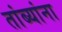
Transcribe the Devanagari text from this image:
तांब्यांना